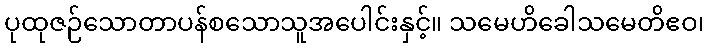
ပုထုဇဉ်သောတာပန်စသောသူအပေါင်းနှင့်။ သမေဟိခေါသမေတိဧဝ၊